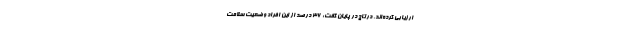
ارزیابی کرده‌اند. درتاج در پایان گفت: ۳۶ درصد از این افراد وضعیت سلامت